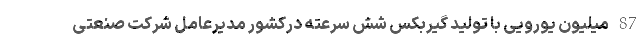
87 میلیون یورویی با تولید گیربکس شش سرعته درکشور مدیرعامل شرکت صنعتی